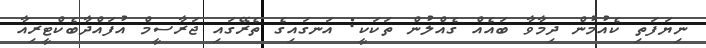
ނިޔަފަތި ކެއުމުން ދިމާވާ ބައެއް ގެއްލުން ތަކަކީ: އަނގައިގެ ތެރޭގައި ޖަރާސީމް އުފައްދާބެކްޓީރިއާ